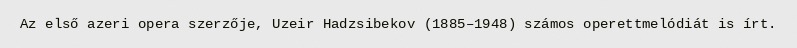
Az első azeri opera szerzője, Uzeir Hadzsibekov (1885–1948) számos operettmelódiát is írt.